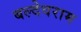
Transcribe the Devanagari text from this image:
बल्देवराम